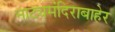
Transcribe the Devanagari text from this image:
नाट्यमंदिराबाहेर